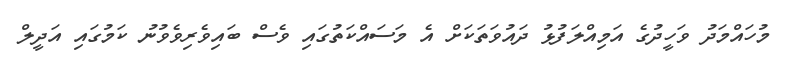
މުހައްމަދު ވަހީދުގެ އަމިއްލަފުޅު ދައުވަތަކަށް އެ މަސައްކަތުގައި ވެސް ބައިވެރިވެވުނު ކަމުގައި އަދީލް